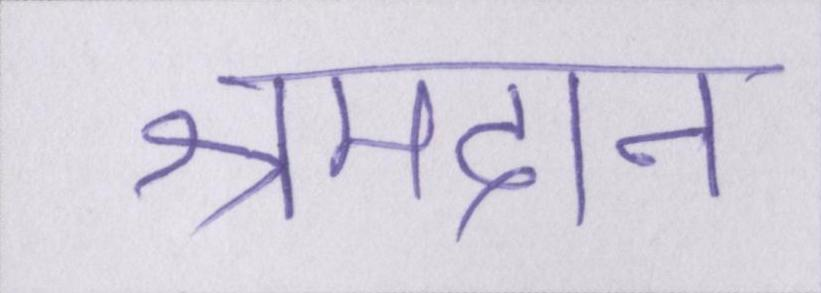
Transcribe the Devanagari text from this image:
श्रमदान